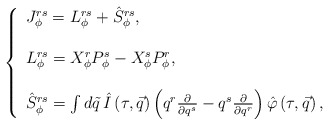
\begin{align*}\left\{\begin{array}{l}J^{rs}_{\phi}=L_{\phi}^{rs}+{\hat S}_{\phi}^{rs}, \\\\L_{\phi}^{rs}=X_{\phi}^rP_{\phi}^s-X_{\phi}^sP_{\phi}^r,\\\\{\hat S}_{\phi}^{rs}=\int d\tilde q\,\hat I\left( \tau ,\vec q\right) \left( q^r\frac \partial {\partial q^s}-q^s\frac\partial {\partial q^r}\right) \hat \varphi \left( \tau ,\vec q\right) ,\end{array}\right.\end{align*}